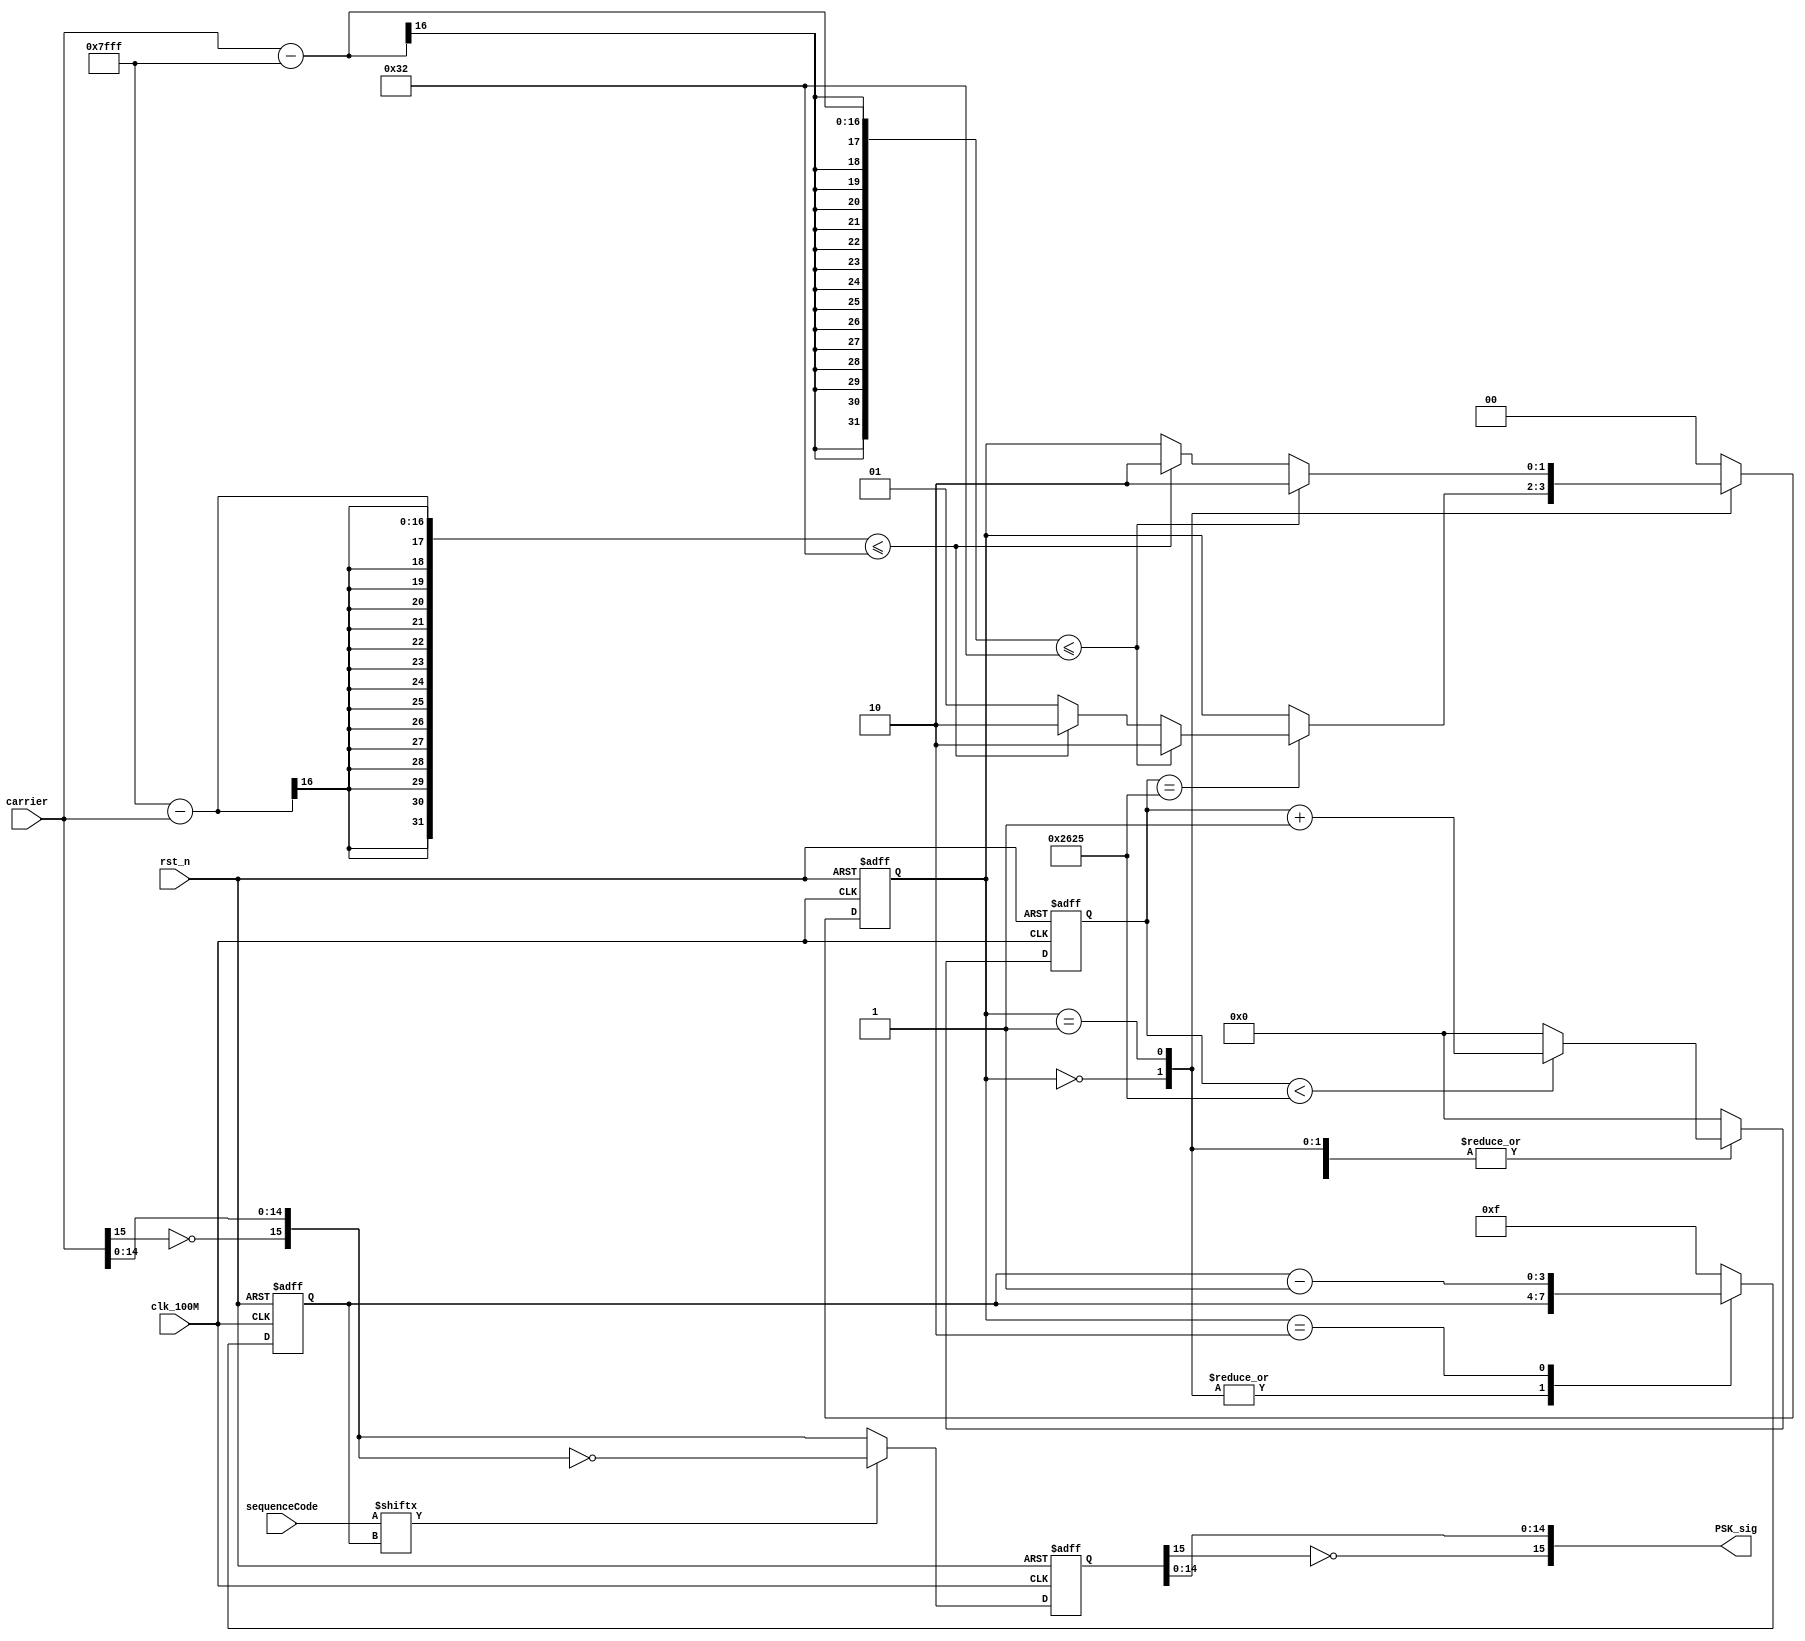
module PSK
       (
           input clk_100M,
           input rst_n,
           input [15: 0]carrier,
           input [15: 0]sequenceCode,

           output [15: 0]PSK_sig
       );

reg[31: 0]count;
reg [3: 0]sequence;
reg [1: 0]state;

wire [15: 0]carrier_s = {!carrier[15], carrier[14: 0]};
reg [15: 0]PSK_sig_s;

assign PSK_sig = {!PSK_sig_s[15], PSK_sig_s[14: 0]};

always@(posedge clk_100M or negedge rst_n)
begin
    if (!rst_n)
    begin
        count <= 0;
        sequence <= 15;
        state = 0;
        PSK_sig_s <= 0;
    end
    else
    begin
        count <= (count < 9765) ? count + 1 : 0; //10239.6Hz

        case (state)
            0:
            begin
                if (count == 9765)
                begin
                    if (carrier - 32767 <= 50)
                    begin
                        state <= 2;
                    end
                    else if (32767 - carrier <= 50)
                    begin
                        state <= 2;
                    end
                    else
                    begin
                        state <= 1;
                    end
                end
            end
            1:
            begin
                if (carrier - 32767 <= 50)
                begin
                    state <= 2;
                end
                else if (32767 - carrier <= 50)
                begin
                    state <= 2;
                end
            end
            2:
            begin
                sequence <= sequence - 1;
                state <= 0;
            end
            default:
            begin
                count <= 0;
                sequence <= 15;
                state = 0;
                PSK_sig_s <= 0;
            end
        endcase

        PSK_sig_s <= (sequenceCode[sequence] == 1) ? ~carrier_s : carrier_s;
    end
end
endmodule